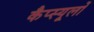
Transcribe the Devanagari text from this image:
कैप्स्यूलों